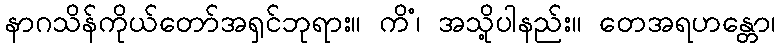
နာဂသိန်ကိုယ်တော်အရှင်ဘုရား။ ကိံ၊ အသို့ပါနည်း။ တေအရဟန္တော၊